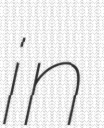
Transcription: in